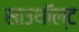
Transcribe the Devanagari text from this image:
साउथॉल्ट